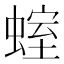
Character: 𧍱